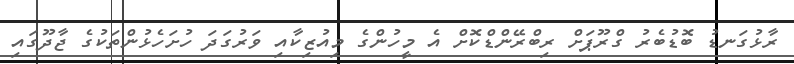
ރާޅުގަނޑު ބޮޑުބެރު ގްރޫޕަށް ރިބްރޭންޑްކޮށް އެ މީހުންގެ މިއުޒިކާއި ވަރުގަދަ ހުށަހެޅުންތަކުގެ ޖާދޫގައި